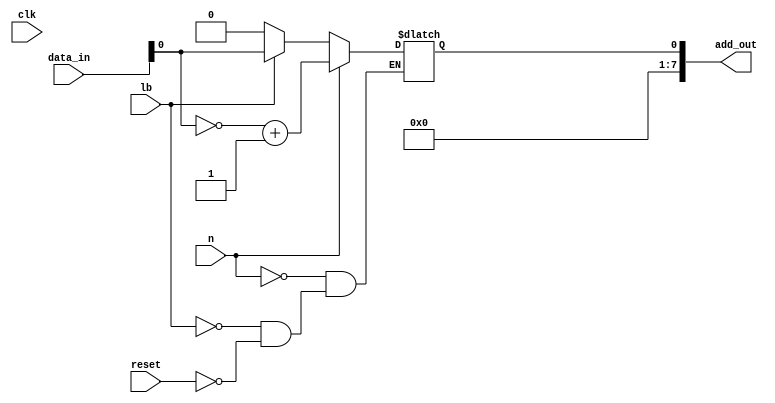
module register_b  (
  input clk,
  input reset,
  input [7:0] data_in,
  input lb,
  input n,
  output wire [7:0]add_out
);
reg add_out1;

  always @(*) begin
    if (reset) begin
      add_out1 <= 0;
    end 
    if (lb) begin
      add_out1 <= data_in;
    end 
    if (n) begin
      add_out1 <= $signed(~data_in + 1);
    end
  end

assign add_out = add_out1;

endmodule